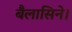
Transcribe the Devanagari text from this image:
बैलासिने।